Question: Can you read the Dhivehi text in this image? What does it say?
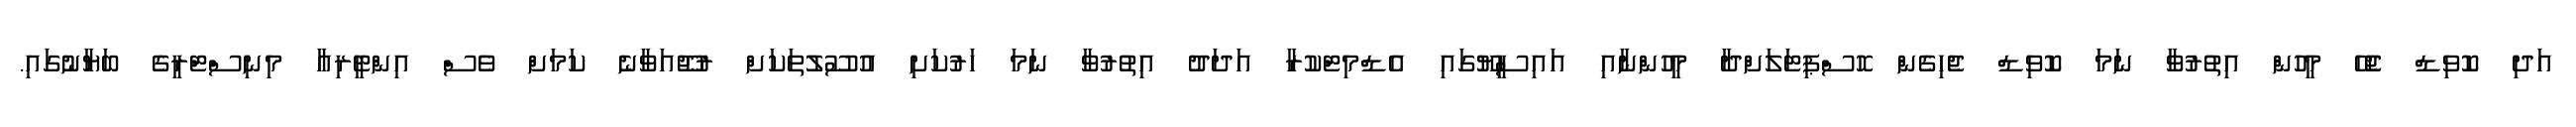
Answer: އަދި ކޮވިޑް ޖެހޭ މީހުން އިތުރުވާ ނަމަ ކޮވިޑް ޖެހިގެން ހޮސްޕިޓަލަށްދާ މީހުންނާއި އައިސީޔޫގައި އެޑްމިޓްކުރާ އަދަދު އިތުރުވާ ނަމަ ހަރުކަށި އުސޫލުތަކަށް ރުޖޫއަވާނެ ކަމަށް ވެސް އިންޓީރިއާ މިނިސްޓްރީގެ ބަޔާނުގައި.